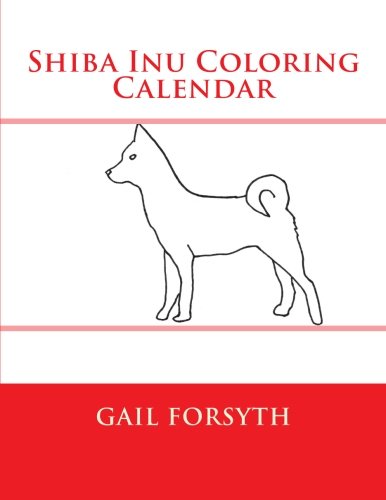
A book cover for Shiba Inu Coloring Calendar; Gail Forsyth; Calendars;